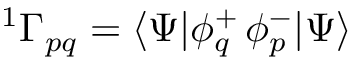
\begin{array} { r } { { ^ { 1 } \Gamma _ { p q } } = \langle \Psi | \phi _ { q } ^ { + } \, \phi _ { p } ^ { - } | \Psi \rangle \quad } \end{array}